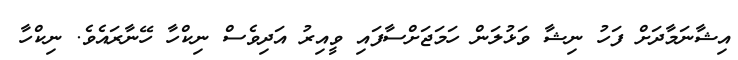
އިޝާނަމާދަށް ފަހު ނިޝާ ވަޅުލަން ހަމަޖަށްސާފައި ވީއިރު އަދިވެސް ނިކްހާ ހޭނާރައެވެ. ނިކްހާ